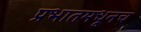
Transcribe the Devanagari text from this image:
प्रभातमधूनच